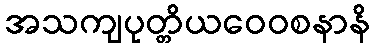
အသကျပုတ္တိယဝေဝစနာနိ